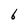
Character: 6